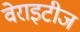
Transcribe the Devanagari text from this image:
वेराइटीज